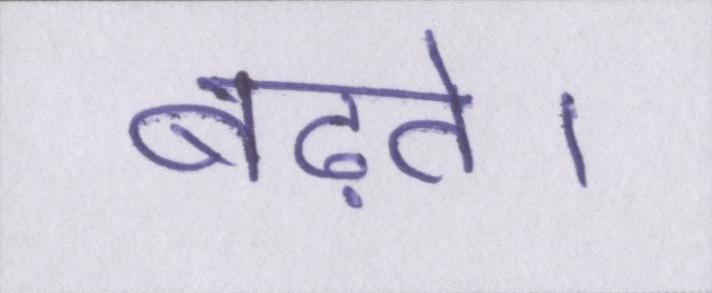
बढ़ते।